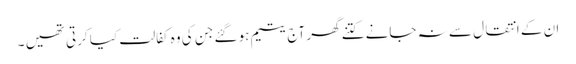
ان کے انتقال سے نہ جانے کتنے گھر آج یتیم ہو گئے جن کی وہ کفالت کیا کرتی تھیں ۔